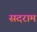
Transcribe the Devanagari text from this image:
सदराम